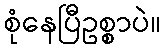
စုံနေပြီဥစ္စာပဲ။